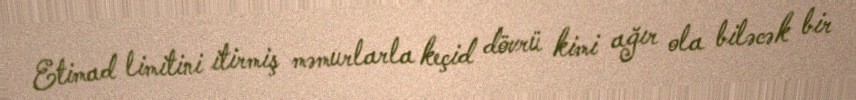
Etimad limitini itirmiş məmurlarla keçid dövrü kimi ağır ola biləcək bir